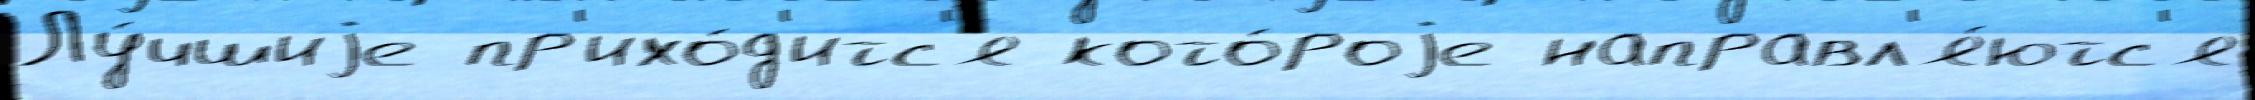
Лу́чшиjе пр'ихо́д'итс'я кото́роjе направл'я́ютс'я